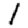
Digit: 1